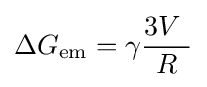
\Delta G_{\text{em}}=\gamma {3V\  \over R}